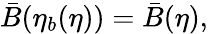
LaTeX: \bar{B}(\eta_{b}(\eta))=\bar{B}(\eta),